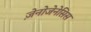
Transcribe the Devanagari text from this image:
ज़ेनोजेनेसिस